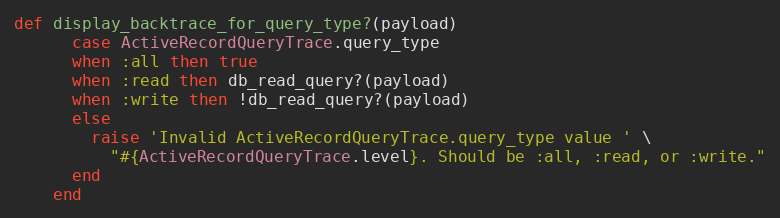
Language: Ruby
def display_backtrace_for_query_type?(payload)
      case ActiveRecordQueryTrace.query_type
      when :all then true
      when :read then db_read_query?(payload)
      when :write then !db_read_query?(payload)
      else
        raise 'Invalid ActiveRecordQueryTrace.query_type value ' \
          "#{ActiveRecordQueryTrace.level}. Should be :all, :read, or :write."
      end
    end